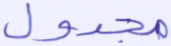
مجدول